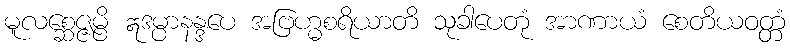
မူလစ္ဆေဇ္ဇမ္ပိ ဣဒမ္ပာနန္ဒပေ အဗြဟ္မစရိယာတိ သုခါပေတုံ အာဏာယံ စေတိယဝတ္တံ